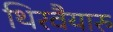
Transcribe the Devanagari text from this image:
थिरवैयारु